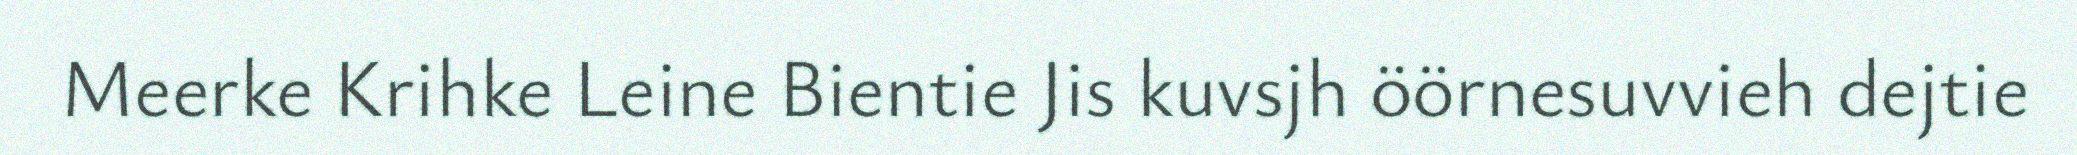
Meerke Krihke Leine Bientie Jis kuvsjh öörnesuvvieh dejtie